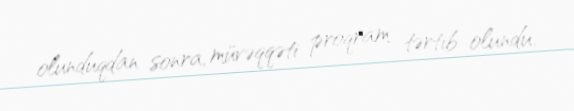
olunduqdan sonra, müvəqqəti proqram tərtib olundu.